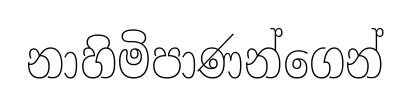
නාහිමිපාණන්ගෙන්